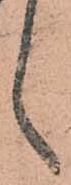
々